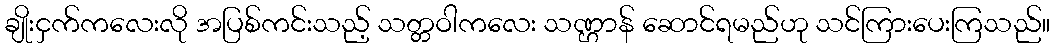
ချိုးငှက်ကလေးလို အပြစ်ကင်းသည့် သတ္တဝါကလေး သဏ္ဌာန် ဆောင်ရမည်ဟု သင်ကြားပေးကြသည်။